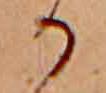
か